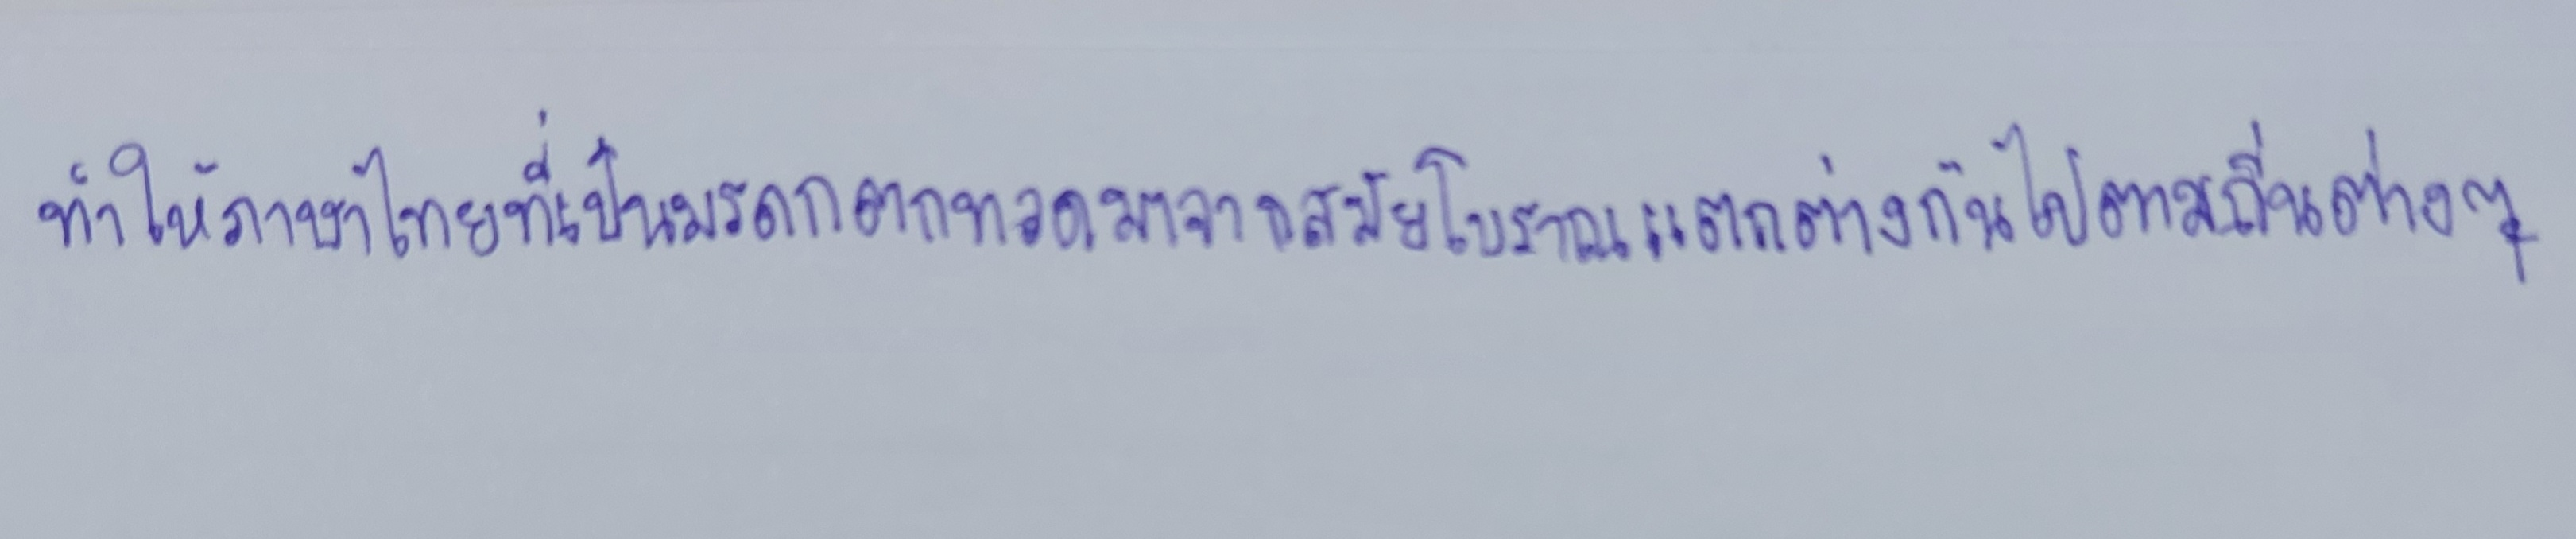
ทำให้ภาษาไทยที่เป็นมรดกตกทอดมาจากสมัยโบราณแตกต่างกันไปตามถิ่นต่างๆ